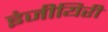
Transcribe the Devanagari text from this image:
इंजीयिरी